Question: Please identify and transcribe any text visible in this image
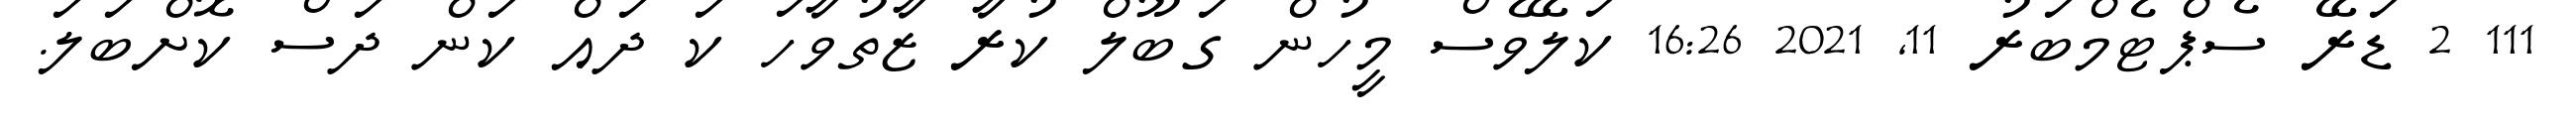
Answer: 111 2 ޑަރޭ ސެޕްޓެމްބަރު 11, 2021 16:26 ކަލޭވެސް މީހުން ގަބޫލް ކުރާ ޒާތުވާހަ ކަ ދައް ކަން ދަސް ކޮށްބަލަ.